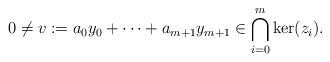
LaTeX: \begin{align*} 0\not= v:= a_0 y_0+\cdots +a_{m+1} y_{m+1} \in \bigcap_{i=0}^m \ker(z_i).\end{align*}